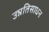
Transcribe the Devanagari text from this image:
उन्नतिसाधन